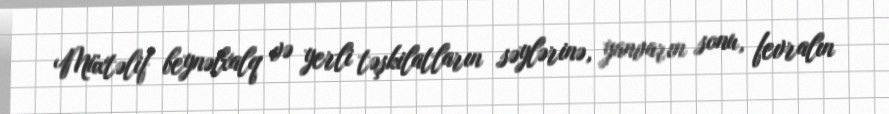
Müxtəlif beynəlxalq və yerli təşkilatların səylərinə, yanvarın sonu, fevralın